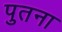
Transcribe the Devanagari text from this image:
पुतना